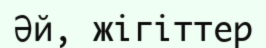
Әй, жігіттер